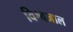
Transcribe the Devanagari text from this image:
विश्वजाल